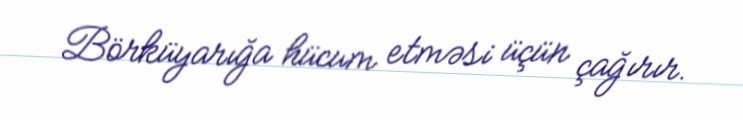
Börküyarığa hücum etməsi üçün çağırır.